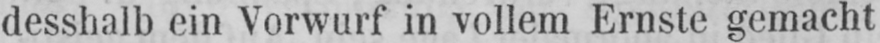
desshalb ein Vorwurf in vollem Ernste gemacht